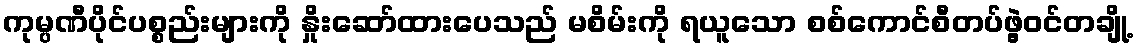
ကုမ္ပဏီပိုင်ပစ္စည်းများကို နှိုးဆော်ထားပေသည် မစိမ်းကို ရယူသော စစ်ကောင်စီတပ်ဖွဲ့ဝင်တချို့